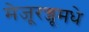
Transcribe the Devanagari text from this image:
मेजूरज्जूमधे